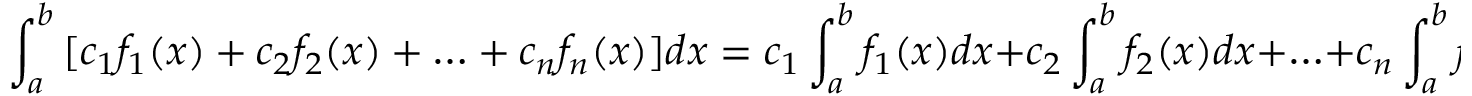
\int _ { a } ^ { b } { [ { { c } _ { 1 } } { { f } _ { 1 } } ( x ) + { { c } _ { 2 } } { { f } _ { 2 } } ( x ) + \ldots + { { c } _ { n } } { { f } _ { n } } ( x ) ] d x } = { { c } _ { 1 } } \int _ { a } ^ { b } { { { f } _ { 1 } } ( x ) d x } + { { c } _ { 2 } } \int _ { a } ^ { b } { { { f } _ { 2 } } ( x ) d x } + \ldots + { { c } _ { n } } \int _ { a } ^ { b } { { { f } _ { n } } ( x ) d x }